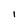
Character: I